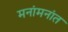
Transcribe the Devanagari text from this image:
मनांमनांत